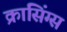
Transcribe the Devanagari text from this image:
क्रासिंग्स